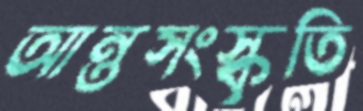
আন্তসংস্কৃতি